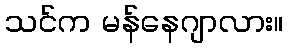
သင်က မန်နေဂျာလား။